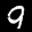
Label: 9